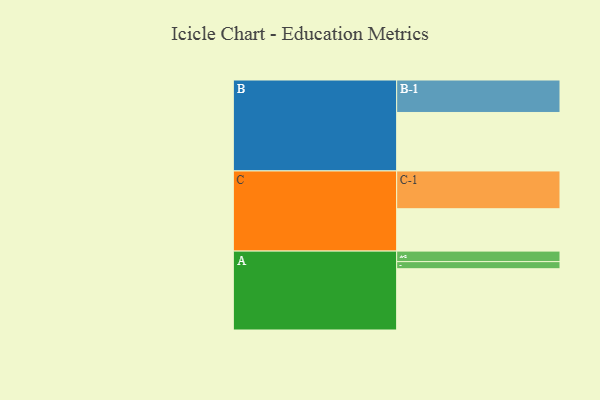
{"axis": {"x": "Segment", "y": "Value"}, "legend": ["", "A", "B", "C"], "data": [{"x": "A", "y": 483, "type": ""}, {"x": "B", "y": 461, "type": ""}, {"x": "C", "y": 334, "type": ""}, {"x": "A-1", "y": 56, "type": "A"}, {"x": "A-2", "y": 83, "type": "A"}, {"x": "B-1", "y": 256, "type": "B"}, {"x": "C-1", "y": 298, "type": "C"}]}